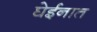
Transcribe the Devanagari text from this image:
घेईनात